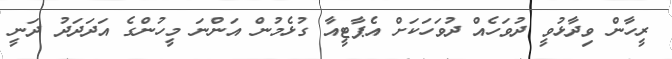
ރީހާން ވިދާޅުވީ ދުވަހެއް ދުވަހަކަށް އެޕާޓީއާ ގުޅެމުން އަންނަ މީހުންގެ އަދަދަދު ދަނީ